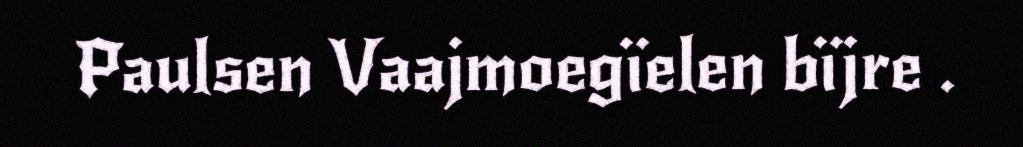
Paulsen Vaajmoegïelen bïjre .